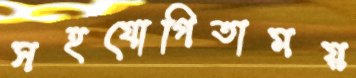
সহযোগিতাময়